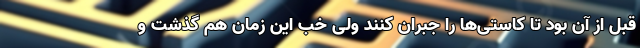
قبل از آن بود تا کاستی‌ها را جبران کنند ولی خب این زمان هم گذشت و